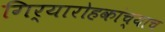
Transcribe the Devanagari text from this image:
गिर्यारोहकांच्याच